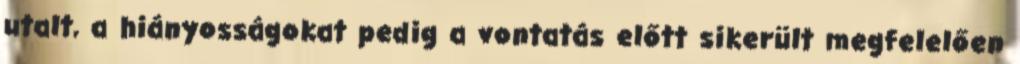
utalt, a hiányosságokat pedig a vontatás előtt sikerült megfelelően